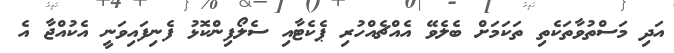
އަދި މަސްތުވާތަކެތި ތަކަމަށް ބެލެވޭ އެއްޗެއްހުރި ޕެކެޓާއި ސެލޯފިންކޮޅު ފެނިފައިވަނީ އެކުއްޖާ އެ